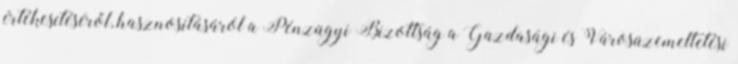
értékesítéséről, hasznosításáról a Pénzügyi Bizottság a Gazdasági és Városüzemeltetési